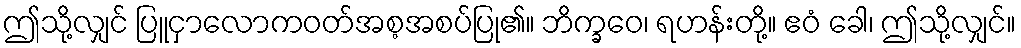
ဤသို့လျှင် ပြူငှာလောကဝတ်အစ့အစပ်ပြု၏။ ဘိက္ခဝေ၊ ရဟန်းတို့။ ဧဝံ ခေါ၊ ဤသို့လျှင်။